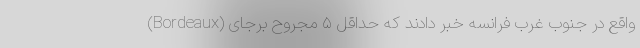
(Bordeaux) واقع در جنوب غرب فرانسه خبر دادند که حداقل ۵ مجروح برجای